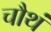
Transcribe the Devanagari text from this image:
चौथं